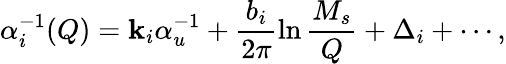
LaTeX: \alpha_{i}^{-1}(Q)=\mathbf{k}_{i}\alpha_{u}^{-1}+\frac{{b_{i}}}{{2\pi}}\ln\frac{{M_{s}}}{{Q}}+\Delta_{i}+\cdots,